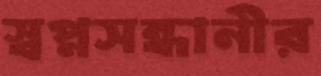
স্বপ্নসন্ধানীর